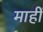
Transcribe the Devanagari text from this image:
माहीं